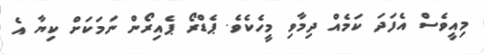
މިއީވެސް އެފަދަ ކަމެއް ދިމާވި މީހެކެވެ. ޕެޑްރޯ ޕެއިރޯން ނަމަކަށް ކިޔާ އެ